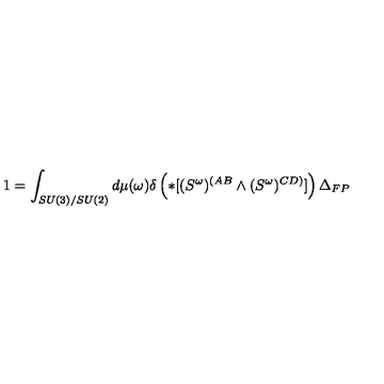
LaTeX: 1 = \int _ { S U ( 3 ) / S U ( 2 ) } d \mu ( \omega ) \delta \left( * [ ( S ^ { \omega } ) ^ { ( A B } \wedge ( S ^ { \omega } ) ^ { C D ) } ] \right) \Delta _ { F P }